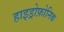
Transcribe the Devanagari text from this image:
हाइड्रोफ़ोनिक